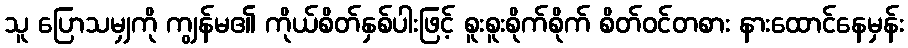
သူ ပြောသမျှကို ကျွန်မ၏ ကိုယ်စိတ်နှစ်ပါးဖြင့် စူးစူးစိုက်စိုက် စိတ်ဝင်တစား နားထောင်နေမှန်း